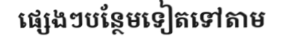
ផ្សេងៗបន្ថែមទៀតទៅតាម